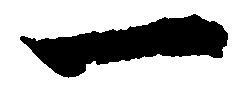
一